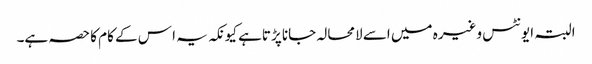
البتہ ایونٹس وغیرہ میں اسے لامحالہ جانا پڑتاہے کیونکہ یہ ا س کے کام کا حصہ ہے۔